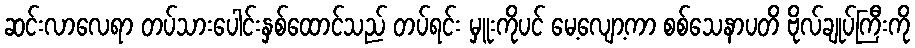
ဆင်းလာလေရာ တပ်သားပေါင်းနှစ်ထောင်သည် တပ်ရင်း မှူးကိုပင် မေ့လျော့ကာ စစ်သေနာပတိ ဗိုလ်ချုပ်ကြီးကို